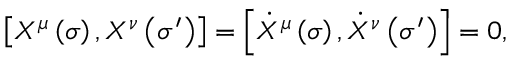
\left[ X ^ { \mu } \left( \sigma \right) , X ^ { \nu } \left( \sigma ^ { \prime } \right) \right] = \left[ \dot { X } ^ { \mu } \left( \sigma \right) , \dot { X } ^ { \nu } \left( \sigma ^ { \prime } \right) \right] = 0 ,